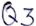
Text: Q3